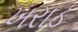
ખરાડ